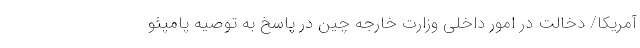
آمریکا/ دخالت در امور داخلی‌ وزارت خارجه چین در پاسخ به توصیه پامپئو